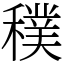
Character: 穙